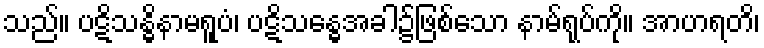
သည်။ ပဋိသန္ဓိနာမရူပံ၊ ပဋိသန္ဓေအခါ၌ဖြစ်သော နာမ်ရုပ်ကို။ အာဟရတိ၊